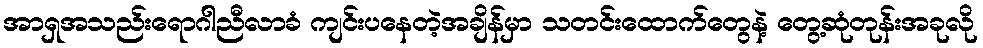
အာရှအသည်းရောဂါညီလာခံ ကျင်းပနေတဲ့အချိန်မှာ သတင်းထောက်တွေနဲ့ တွေ့ဆုံတုန်းအခုလို